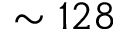
\sim 1 2 8